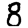
Digit: 8